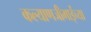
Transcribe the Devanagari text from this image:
कल्याणजीभाईंच्या